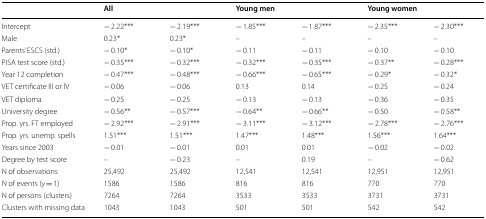
<table><thead><tr><td></td><td colspan="4"><b>All</b></td><td colspan="4"><b>Young men</b></td><td colspan="4"><b>Young women</b></td></tr></thead><tbody><tr><td>Intercept</td><td colspan="2">− 2.22***</td><td colspan="2">− 2.19***</td><td colspan="2">− 1.85***</td><td colspan="2">− 1.87***</td><td colspan="2">− 2.35***</td><td colspan="2">− 2.30***</td></tr><tr><td>Male</td><td colspan="2">0.23*</td><td colspan="2">0.23*</td><td colspan="2">–</td><td colspan="2">–</td><td colspan="2">–</td><td colspan="2">–</td></tr><tr><td>Parents’ ESCS (std.)</td><td colspan="2">− 0.10*</td><td colspan="2">− 0.10*</td><td colspan="2">− 0.11</td><td colspan="2">− 0.11</td><td colspan="2">− 0.10</td><td colspan="2">− 0.10</td></tr><tr><td>PISA test score (std.)</td><td colspan="2">− 0.35***</td><td colspan="2">− 0.32***</td><td colspan="2">− 0.32***</td><td colspan="2">− 0.35***</td><td colspan="2">− 0.37**</td><td colspan="2">− 0.28***</td></tr><tr><td>Year 12 completion</td><td colspan="2">− 0.47***</td><td colspan="2">− 0.48***</td><td colspan="2">− 0.66***</td><td colspan="2">− 0.65***</td><td colspan="2">− 0.29*</td><td colspan="2">− 0.32*</td></tr><tr><td>VET certificate III or IV</td><td colspan="2">− 0.06</td><td colspan="2">− 0.06</td><td colspan="2">0.13</td><td colspan="2">0.14</td><td colspan="2">− 0.25</td><td colspan="2">− 0.24</td></tr><tr><td>VET diploma</td><td colspan="2">− 0.25</td><td colspan="2">− 0.25</td><td colspan="2">− 0.13</td><td colspan="2">− 0.13</td><td colspan="2">− 0.36</td><td colspan="2">− 0.35</td></tr><tr><td>University degree</td><td colspan="2">− 0.56**</td><td colspan="2">− 0.57***</td><td colspan="2">− 0.64**</td><td colspan="2">− 0.66**</td><td colspan="2">− 0.50</td><td colspan="2">− 0.58**</td></tr><tr><td>Prop. yrs. FT employed</td><td colspan="2">− 2.92***</td><td colspan="2">− 2.91***</td><td colspan="2">− 3.11***</td><td colspan="2">− 3.12***</td><td colspan="2">− 2.78***</td><td colspan="2">− 2.76***</td></tr><tr><td>Prop. yrs. unemp. spells</td><td colspan="2">1.51***</td><td colspan="2">1.51***</td><td colspan="2">1.47***</td><td colspan="2">1.48***</td><td colspan="2">1.56***</td><td colspan="2">1.64***</td></tr><tr><td>Years since 2003</td><td colspan="2">− 0.01</td><td colspan="2">− 0.01</td><td colspan="2">0.01</td><td colspan="2">0.01</td><td colspan="2">− 0.02</td><td colspan="2">− 0.02</td></tr><tr><td>Degree by test score</td><td colspan="2">–</td><td colspan="2">− 0.23</td><td colspan="2">–</td><td colspan="2">0.19</td><td colspan="2">–</td><td colspan="2">− 0.62</td></tr><tr><td>N of observations</td><td colspan="2">25,492</td><td colspan="2">25,492</td><td colspan="2">12,541</td><td colspan="2">12,541</td><td colspan="2">12,951</td><td colspan="2">12,951</td></tr><tr><td>N of events (y = 1)</td><td colspan="2">1586</td><td colspan="2">1586</td><td colspan="2">816</td><td colspan="2">816</td><td colspan="2">770</td><td colspan="2">770</td></tr><tr><td>N of persons (clusters)</td><td colspan="2">7264</td><td colspan="2">7264</td><td colspan="2">3533</td><td colspan="2">3533</td><td colspan="2">3731</td><td colspan="2">3731</td></tr><tr><td>Clusters with missing data</td><td colspan="2">1043</td><td colspan="2">1043</td><td colspan="2">501</td><td colspan="2">501</td><td colspan="2">542</td><td colspan="2">542</td></tr></tbody></table>